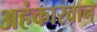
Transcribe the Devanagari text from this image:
अहंकारवान्